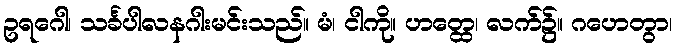
ဥရဂေါ၊ သင်္ခပါလနဂါးမင်းသည်။ မံ၊ ငါကို။ ဟတ္ထေ၊ လက်၌။ ဂဟေတွာ၊